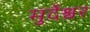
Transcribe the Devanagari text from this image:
मुर्देश्वर